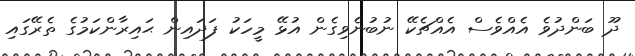
ދޫ ބަންދުވެ އެއްވެސް އެއްޗެކޭ ނުބުނެވިގެން އުޅޭ މީހަކު ފަދައިން ޙައިރާންކަމުގެ ތެރޭގައި